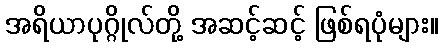
အရိယာပုဂ္ဂိုလ်တို့ အဆင့်ဆင့် ဖြစ်ရပုံများ။